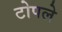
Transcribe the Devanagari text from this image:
टोपले